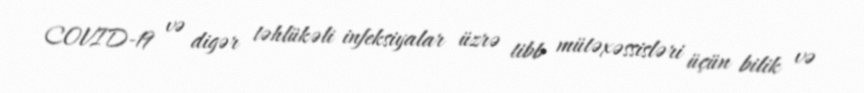
COVID-19 və digər təhlükəli infeksiyalar üzrə tibb mütəxəssisləri üçün bilik və